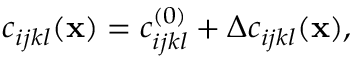
c _ { i j k l } ( { \bf x } ) = c _ { i j k l } ^ { ( 0 ) } + \Delta c _ { i j k l } ( { \bf x } ) ,